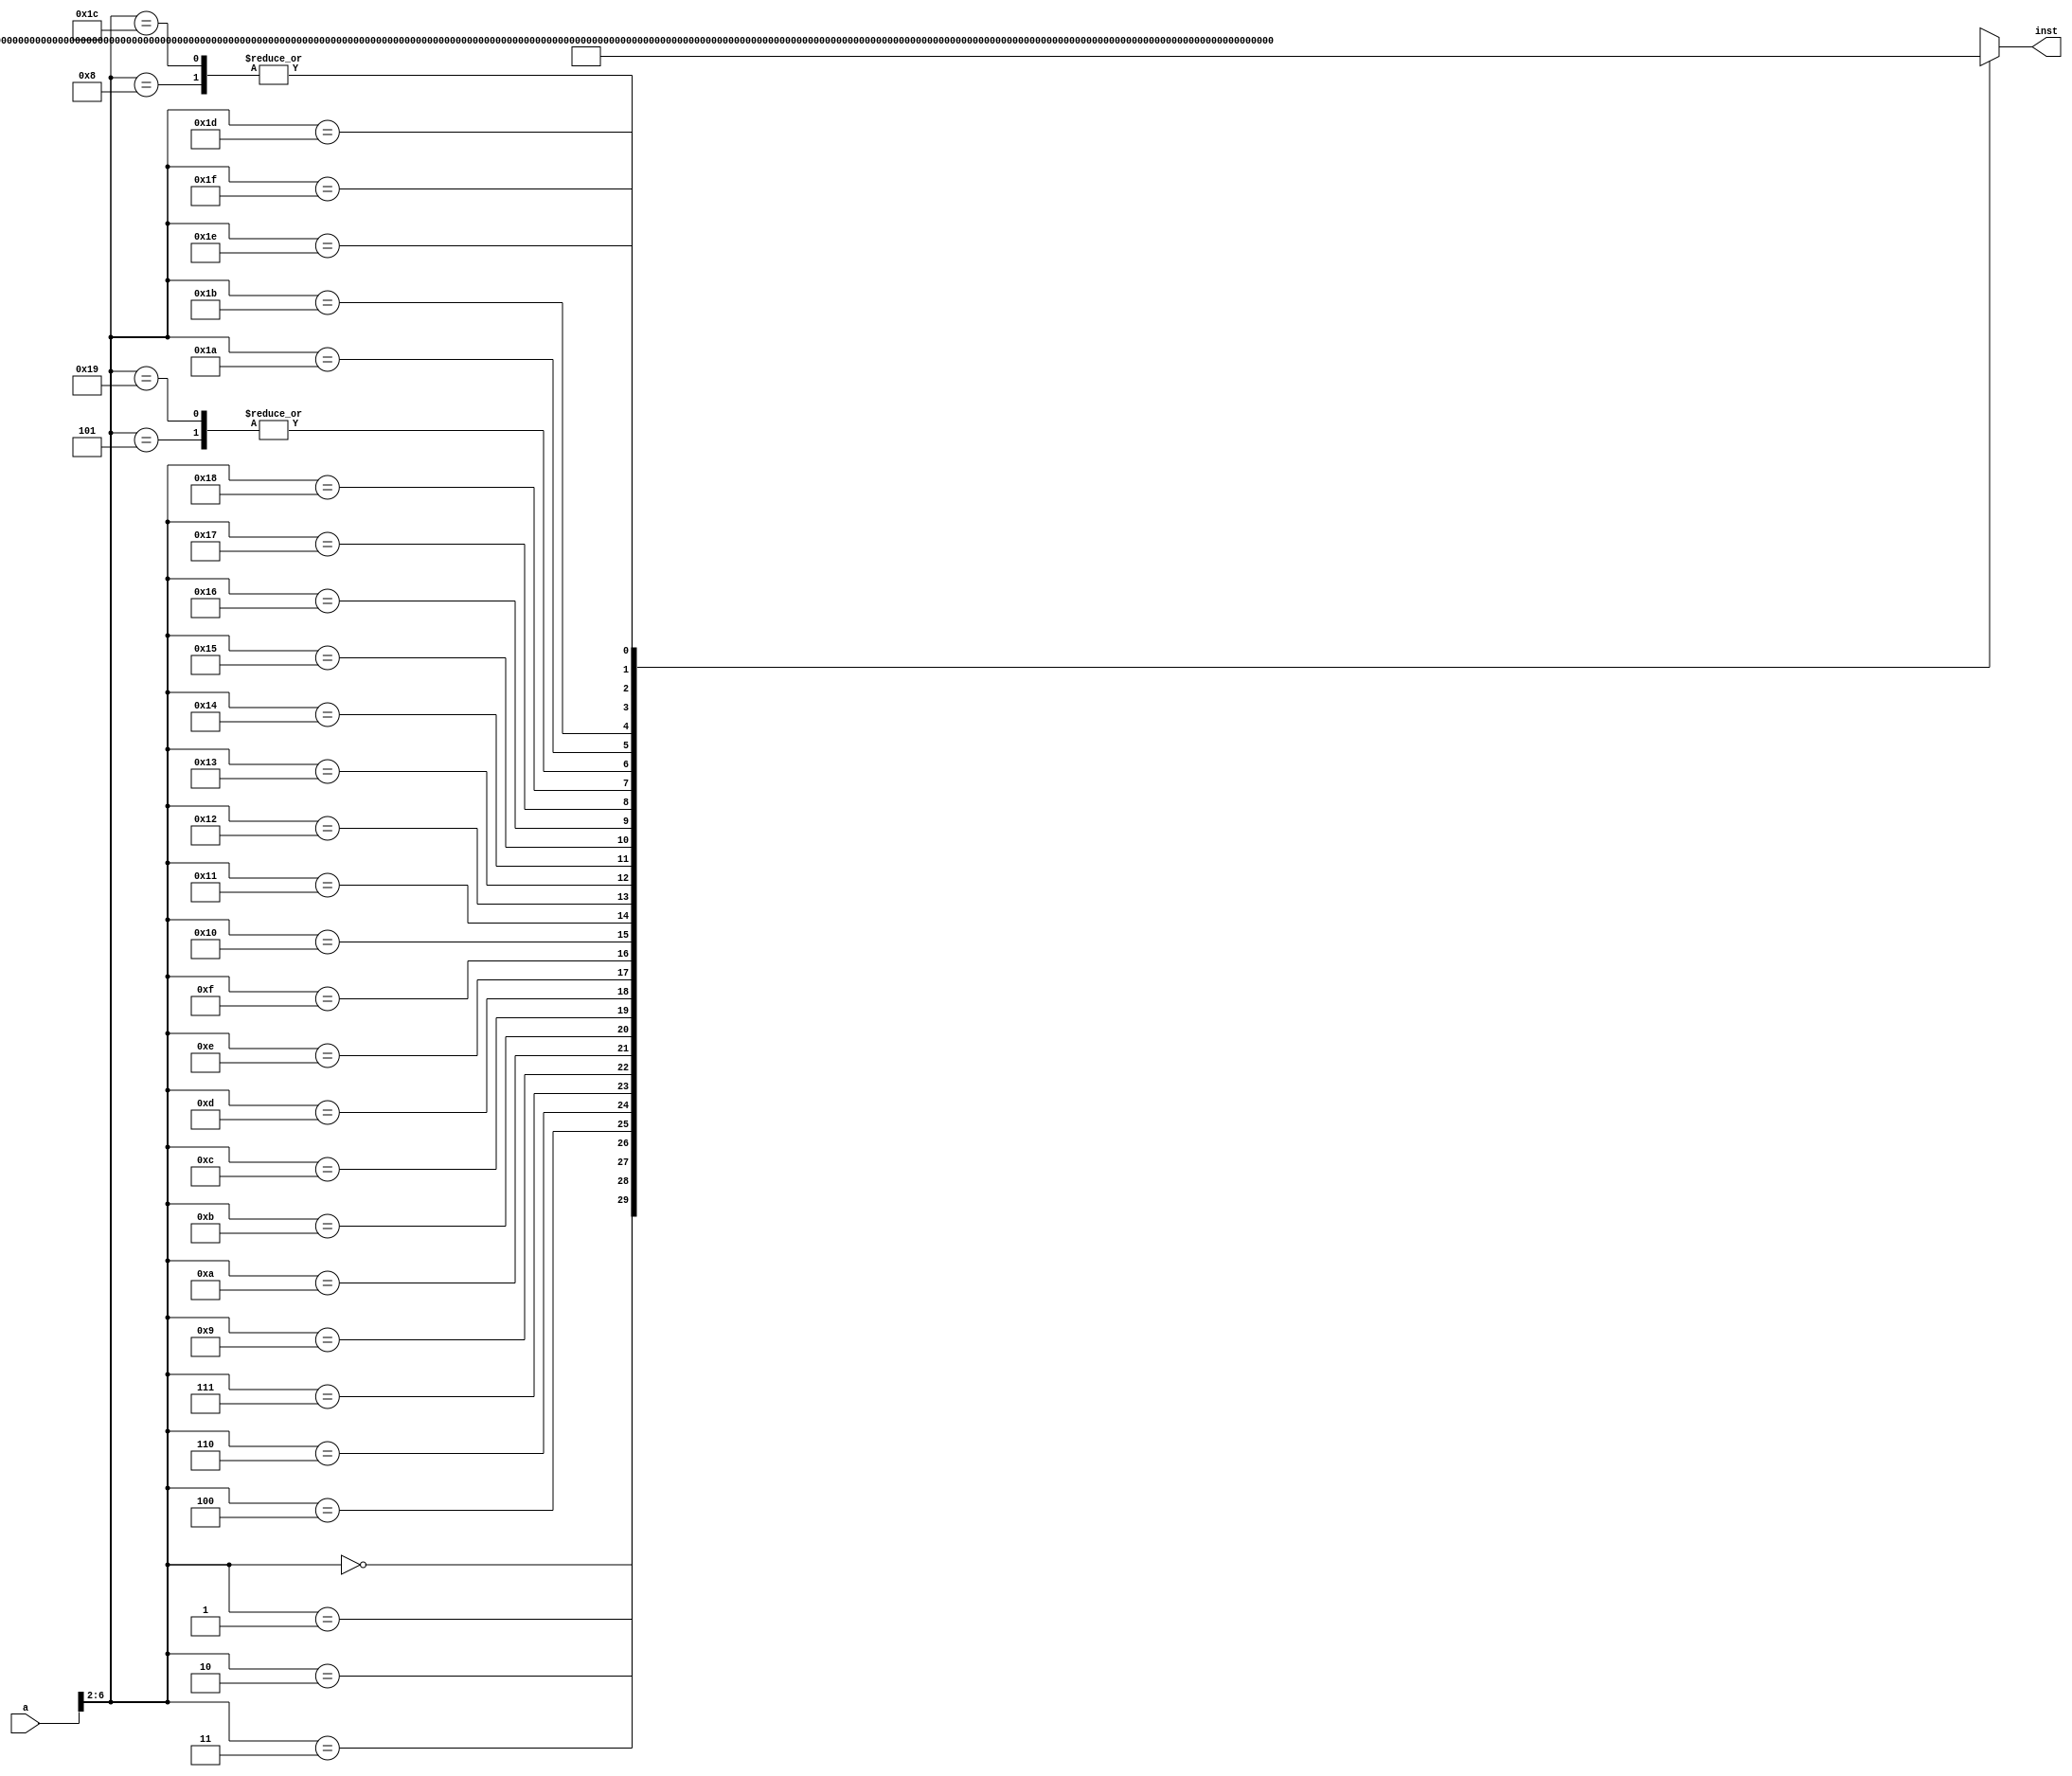
/* 
writer:liyiming 
date: 2018/11/14
version: 0.0
module: inst mem
func: storage the inst mem
*/
module scinstmem(
    a,
    inst
);
    input [31:0] a;
    output [31:0] inst;
    wire [31:0] rom [0:31];
    assign rom[5'h00] = 32'h3c010000;
    assign rom[5'h01] = 32'h34240050;
    assign rom[5'h02] = 32'h20050004;
    assign rom[5'h03] = 32'h0c000018;
    assign rom[5'h04] = 32'hac820000;
    assign rom[5'h05] = 32'h8c890000;
    assign rom[5'h06] = 32'h01244022;
    assign rom[5'h07] = 32'h20050003;
    assign rom[5'h08] = 32'h20a5ffff;
    assign rom[5'h09] = 32'h34a8ffff;
    assign rom[5'h0A] = 32'h39085555;
    assign rom[5'h0B] = 32'h2009ffff;
    assign rom[5'h0C] = 32'h312affff;
    assign rom[5'h0D] = 32'h01493025;
    assign rom[5'h0E] = 32'h01494026;
    assign rom[5'h0F] = 32'h01463824;
    assign rom[5'h10] = 32'h10a00001;
    assign rom[5'h11] = 32'h08000008;
    assign rom[5'h12] = 32'h2005ffff;
    assign rom[5'h13] = 32'h000543c0;
    assign rom[5'h14] = 32'h00084400;
    assign rom[5'h15] = 32'h00084403;
    assign rom[5'h16] = 32'h000843c2;
    assign rom[5'h17] = 32'h08000017;
    assign rom[5'h18] = 32'h00004020;
    assign rom[5'h19] = 32'h8c890000;
    assign rom[5'h1A] = 32'h20840004;
    assign rom[5'h1B] = 32'h01094020;
    assign rom[5'h1C] = 32'h20a5ffff;
    assign rom[5'h1D] = 32'h14a0fffb;
    assign rom[5'h1E] = 32'h00081000;
    assign rom[5'h1F] = 32'h03e00008;
    assign inst = rom[a[6:2]];
endmodule